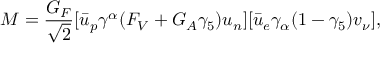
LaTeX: { \cal M } = \frac { G _ { F } } { \sqrt { 2 } } [ \bar { u } _ { p } \gamma ^ { \alpha } ( F _ { V } + G _ { A } \gamma _ { 5 } ) u _ { n } ] [ \bar { u } _ { e } \gamma _ { \alpha } ( 1 - \gamma _ { 5 } ) v _ { \nu } ] ,